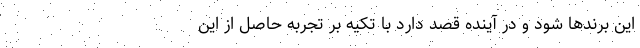
این برند‌ها شود و در آینده قصد دارد با تکیه بر تجربه حاصل از این